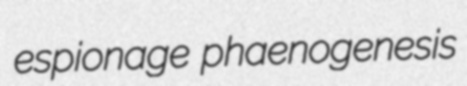
espionage phaenogenesis